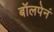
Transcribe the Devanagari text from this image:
बॉलपेनं